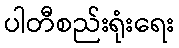
ပါတီစည်းရုံးရေး